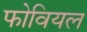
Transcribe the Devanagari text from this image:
फोवियल